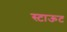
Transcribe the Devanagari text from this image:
स्टाऊट